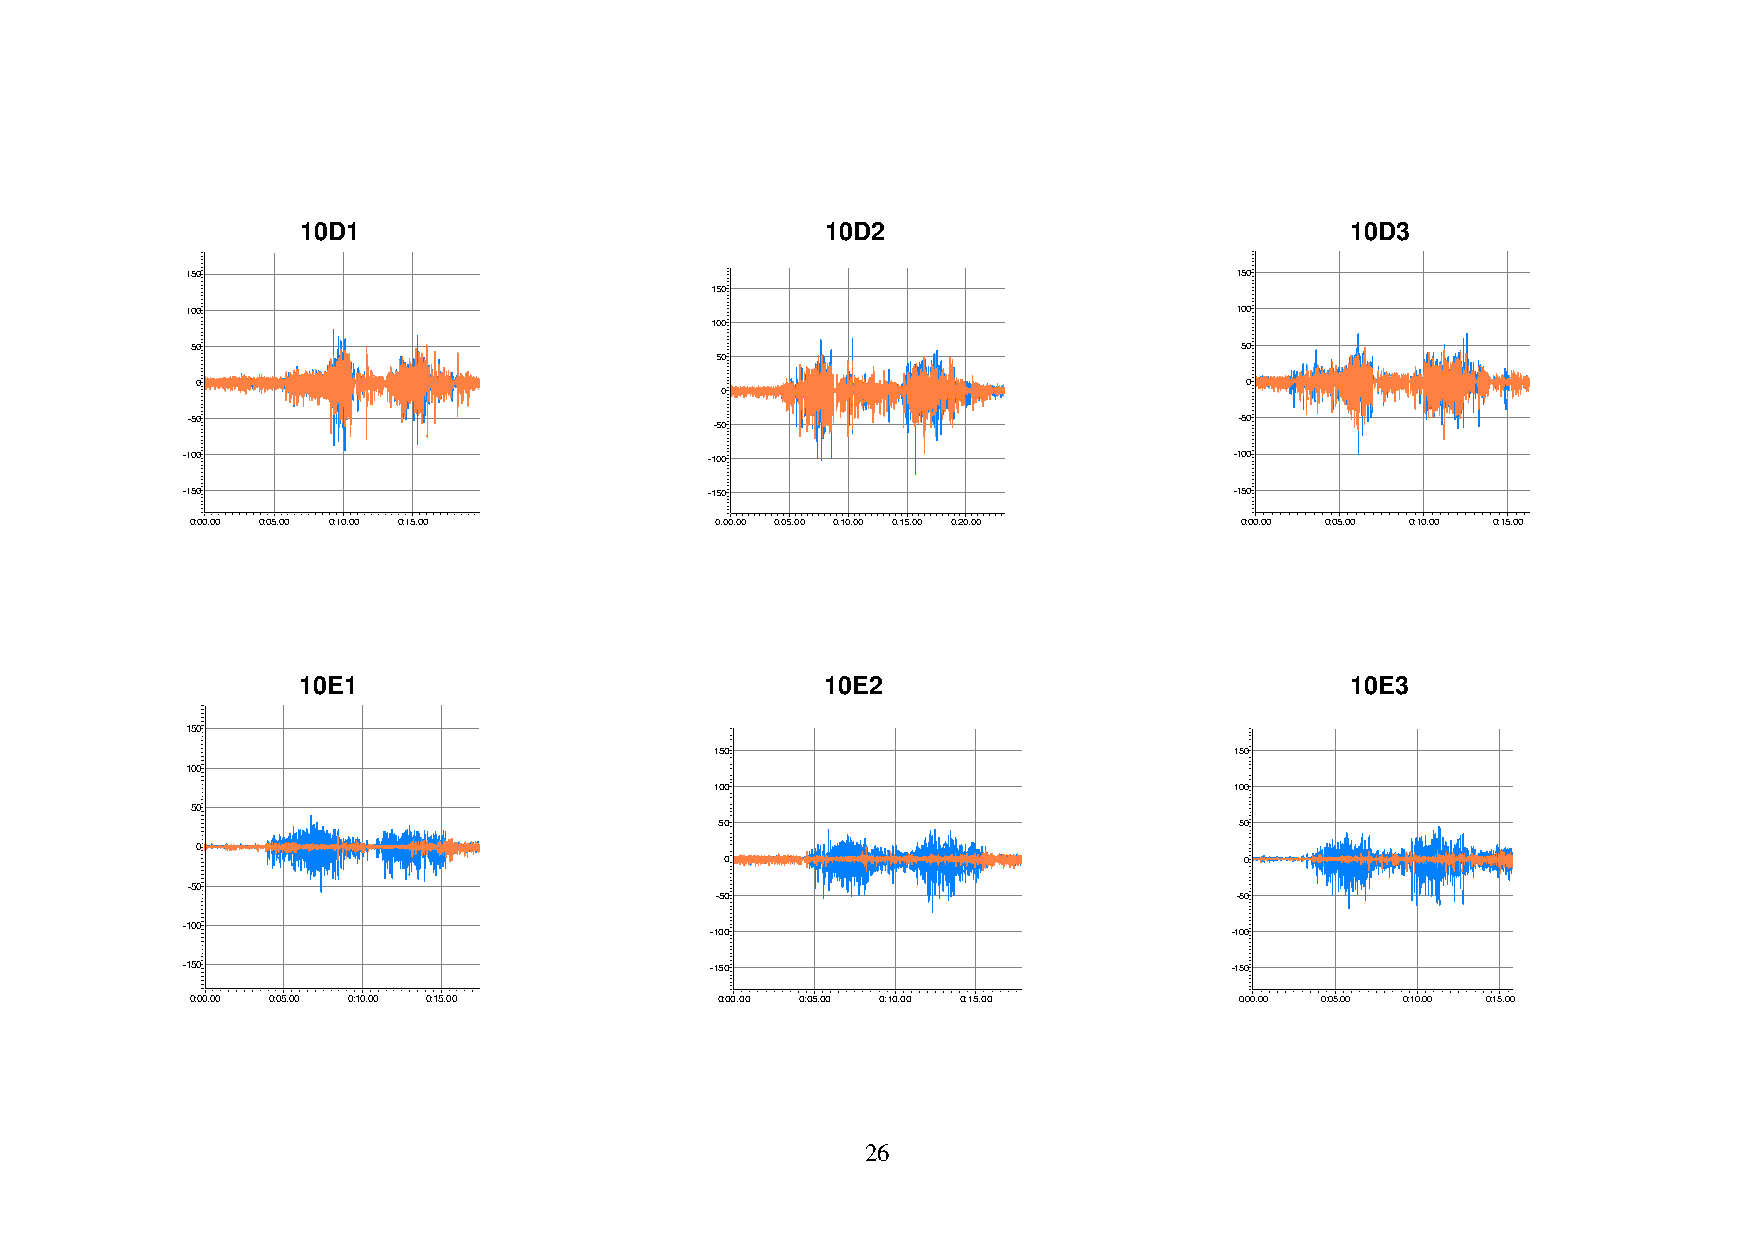
10D1                               10D2                              10D3
 150                                                                   150
 150
 100                                                                   100
 100
 50                                                                   50
 50
 0                                                                    0
 0
 -50                                                                   -50
 -50
 -100                               -100                               -100
 -150                               -150                               -150
 0:00.00 0:05.00 0:10.00 0:15.00   0:00.00 0:05.00 0:10.00 0:15.00 0:20.00 0:00.00 0:05.00 0:10.00 0:15.00
 10E1                               10E2                              10E3
 150
 150                                150
 100
 100                                100
 50
 50                                50
 0
 0                                 0
 -50
 -50                                -50
 -100
 -100                               -100
 -150                               -150                               -150
 0:00.00 0:05.00 0:10.00 0:15.00    0:00.00 0:05.00 0:10.00 0:15.00   0:00.00 0:05.00 0:10.00 0:15.00
 26